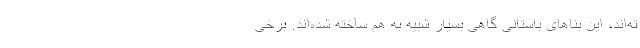
ته‌اند، این بنا‌های باستانی گاهی بسیار شبیه به هم ساخته شده‌اند. برخی